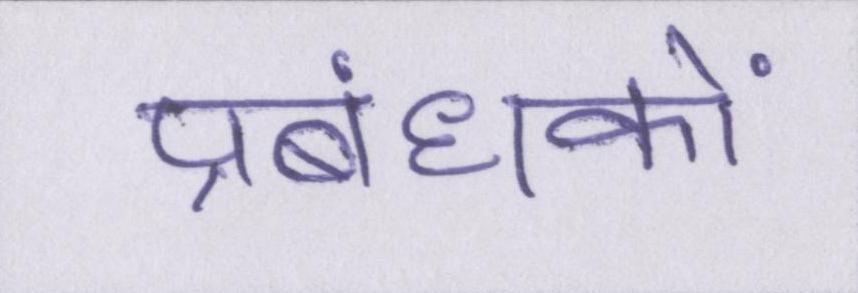
प्रबंधकों